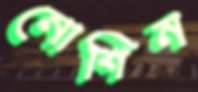
নোশিন